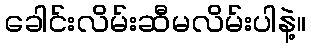
ခေါင်းလိမ်းဆီမလိမ်းပါနဲ့။